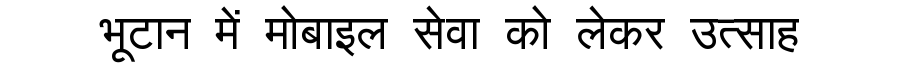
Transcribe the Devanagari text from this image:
भूटान में मोबाइल सेवा को लेकर उत्साह